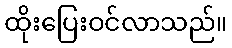
ထိုးပြေးဝင်လာသည်။